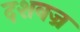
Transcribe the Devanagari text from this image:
दशवज्र